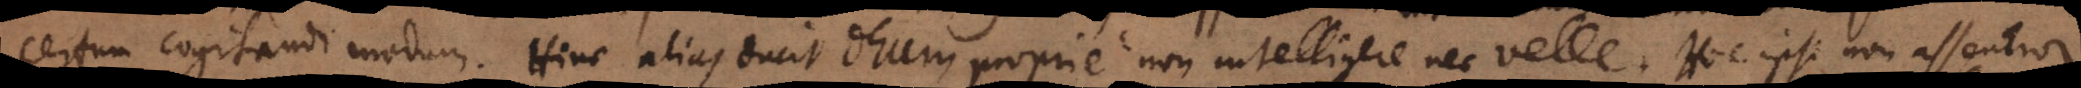
certum cogitandi modum. Hinc alias dicit Deum proprie non intelligere nec velle. Hic ipsi non assentior